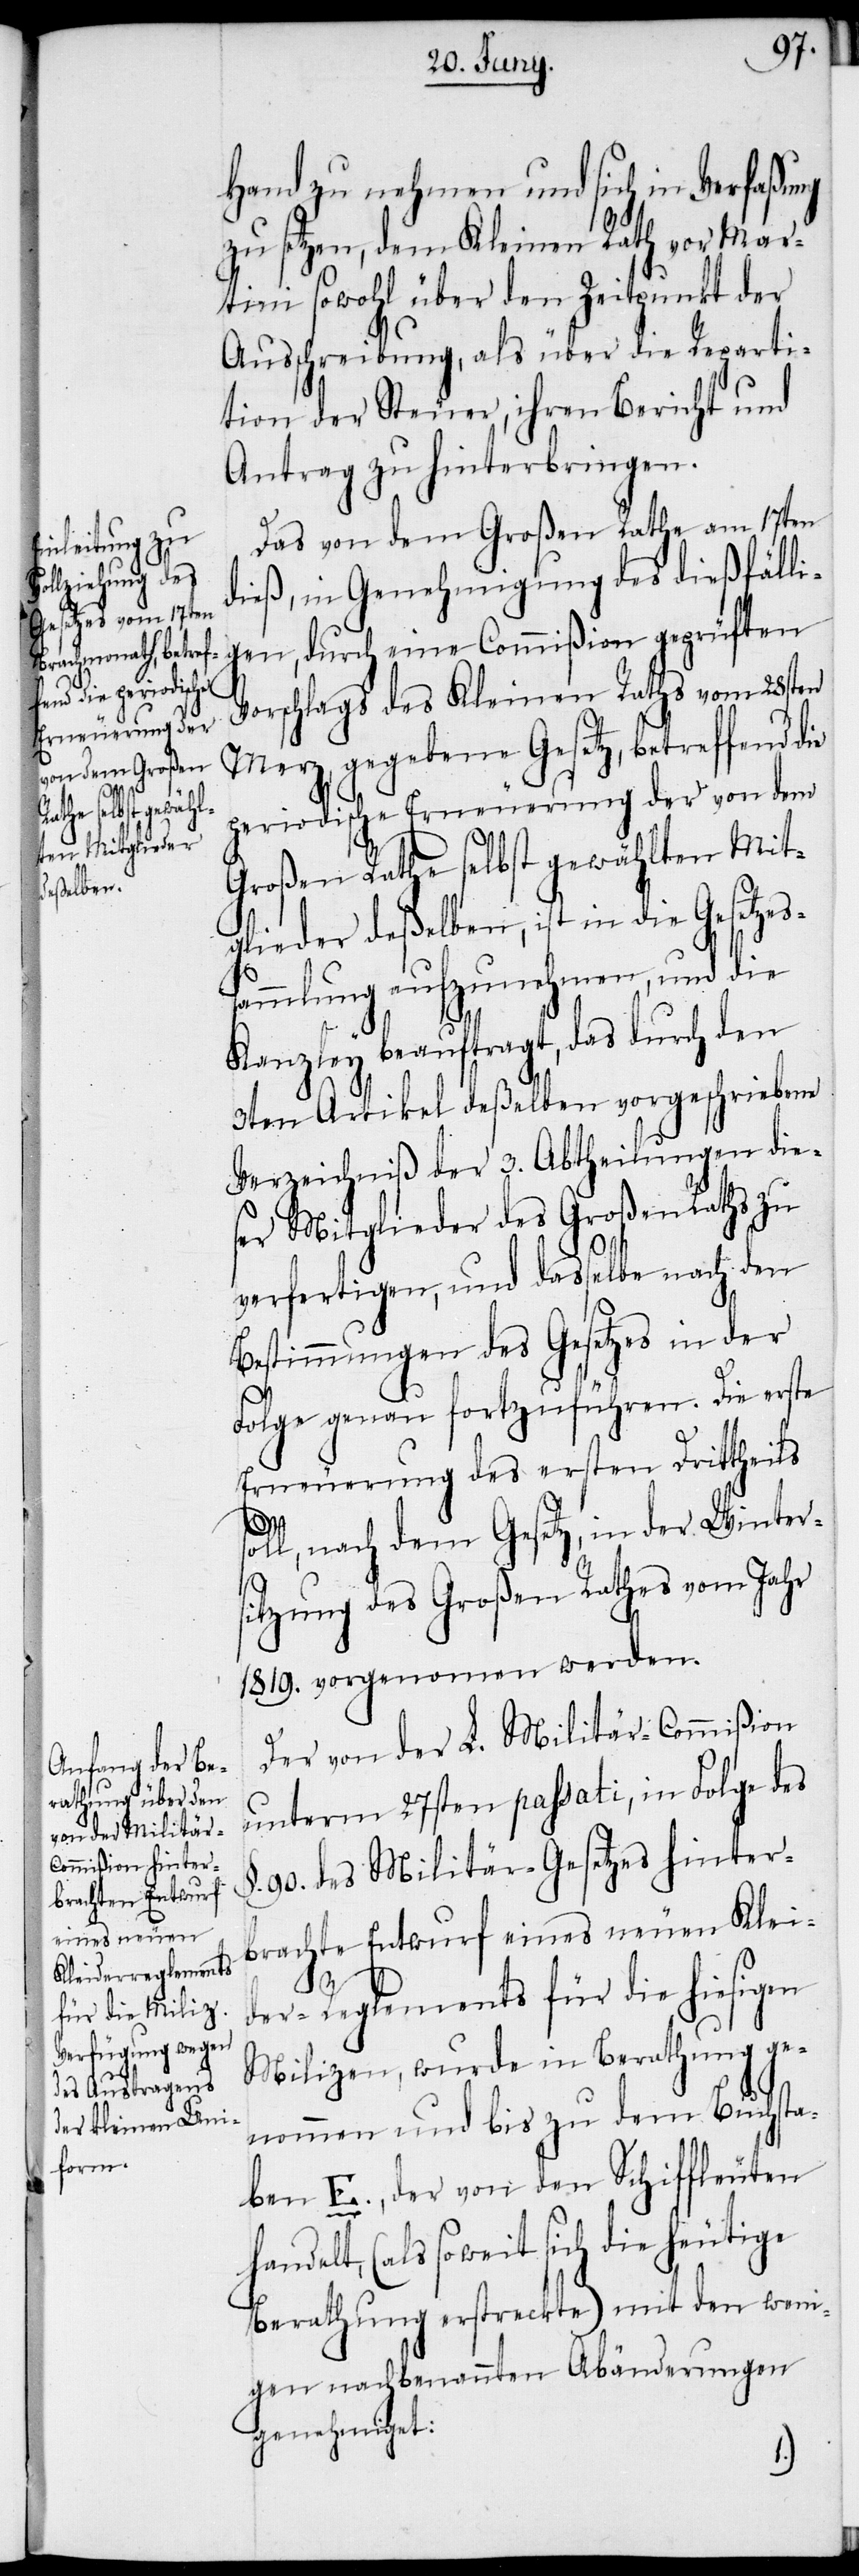
Hand zu nehmen und sich in Verfaßung
zu setzen, dem Kleinen Rath vor Mar¬
tini sowohl über den Zeitpunkt der
Ausschreibung, als über die Reparti¬
tion der Steuer, ihren Bericht und
Antrag zu hinterbringen.
Das von dem Großen Rathe am 17ten
dieß, in Genehmigung des dießfälli¬
gen, durch eine Commißion geprüften
Vorschlags des Kleinen Raths vom 28sten
Merz, gegebene Gesetz, betreffend die
periodische Erneuerung der von dem
Großen Rathe selbst gewählten Mit¬
glieder deßelben, ist in die Gesetzes¬
sammlung aufzunehmen, und die
Kanzley beauftragt, das durch den
3ten Artikel deßelben vorgeschriebene
Verzeichniß der 3. Abtheilungen die¬
ser Mitglieder des Großen Raths zu
verfertigen, und dasselbe nach den
Bestimmungen des Gesetzes in der
Folge genau fortzuführen. Die erste
Erneuerung des ersten Drittheils
soll, nach dem Gesetz, in der Winters¬
han¬
itzung des Großen Rathes vom Jahr
1819. vorgenommen werden.
Der von der L. Militär-Commißion
unterm 27sten passati, in Folge des
90. des Militär-Gesetzes hinter¬
brachte Entwurf eines neuen Klei¬
der-Reglements für die hiesigen
Milizen, wurde in Berathung ge¬
nommen und bis zu dem Buchsta¬
ben E., der von den Schiffleuten
delt, (als soweit sich die heutige
Berathung erstreckte) mit den weni¬
gen nachbenannten Abänderungen
genehmiget: